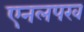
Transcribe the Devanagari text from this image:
एनलपख